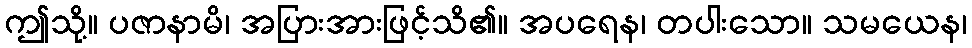
ဤသို့။ ပဇာနာမိ၊ အပြားအားဖြင့်သိ၏။ အပရေန၊ တပါးသော။ သမယေန၊